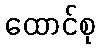
ထောင်စု